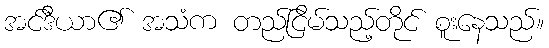
အင်ဒီယာ၏ အသံက တည်ငြိမ်သည့်တိုင် စူးနေသည်။